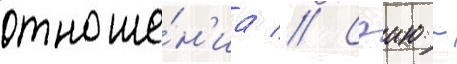
отноше́н'иа // Сэию -